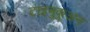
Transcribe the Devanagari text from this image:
टाइमुकुअन